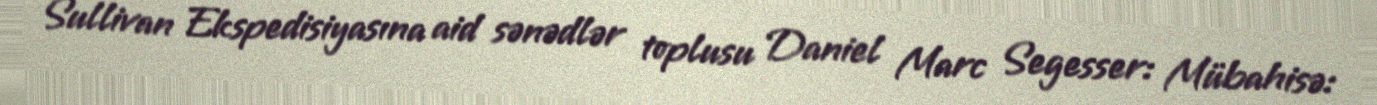
Sullivan Ekspedisiyasına aid sənədlər toplusu Daniel Marc Segesser: Mübahisə: